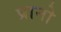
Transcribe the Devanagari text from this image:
प्रानो